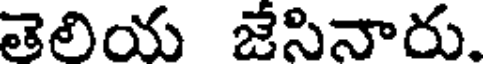
తెలియ జేసినారు.